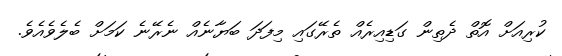
ކުރިއަށް އޮތް ދެތިން ގަޑިއިރެއް ތެރޭގައި މިފަދަ ބަޔާނެއް ނެރޭނެ ކަމަށް ބެލެވެއެވެ.